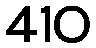
410